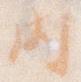
内